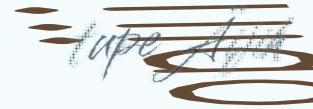
tupe Äijih